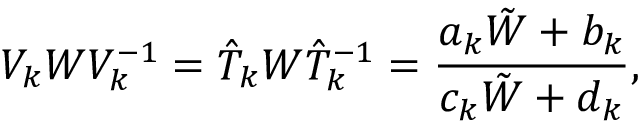
{ \cal V } _ { k } W { \cal V } _ { k } ^ { - 1 } = \hat { T } _ { k } W { \hat { T } _ { k } } ^ { - 1 } = { \frac { a _ { k } \tilde { W } + b _ { k } } { c _ { k } \tilde { W } + d _ { k } } } ,